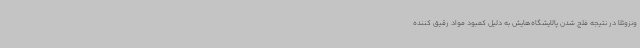
ونزوئلا در نتیجه فلج شدن پالایشگاه‌هایش به دلیل کمبود مواد رقیق کننده